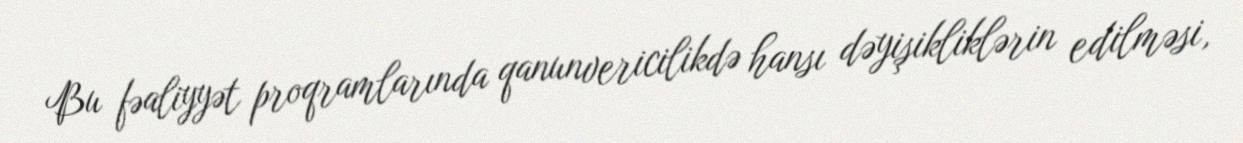
Bu fəaliyyət proqramlarında qanunvericilikdə hansı dəyişikliklərin edilməsi,